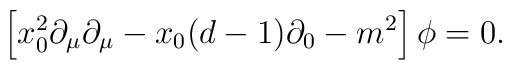
\left[ x_0^2 \partial_\mu \partial_\mu - x_0(d-1)\partial_0 -m^2  \right] \phi=0.